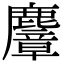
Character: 麞